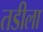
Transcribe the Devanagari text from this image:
तडीला